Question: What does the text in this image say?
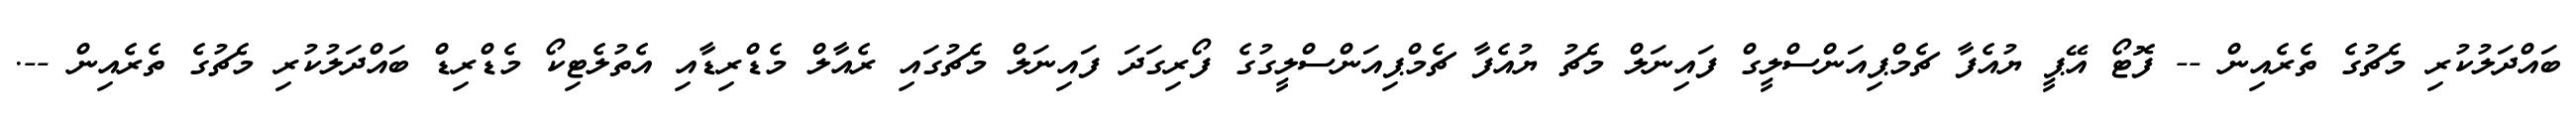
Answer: ބައްދަލުކުރި މެޗުގެ ތެރެއިން -- ފޮޓޯ އޭޕީ ޔުއެފާ ޗެމްޕިއަންސްލީގް ފައިނަލް މެޗު ޔުއެފާ ޗެމްޕިއަންސްލީގުގެ ފޯރިގަދަ ފައިނަލް މެޗުގައި ރެއާލް މެޑްރިޑާއި އެތުލެޓިކޯ މެޑްރިޑް ބައްދަލުކުރި މެޗުގެ ތެރެއިން --.